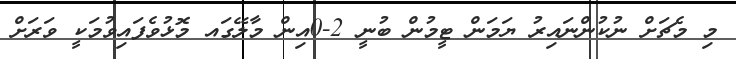
މި މެޗަށް ނުކުންނައިރު ޔަމަން ޓީމުން ބުނީ 2-0އިން މާލޭގައ މޮޅުވެފައިވުމަކީ ވަރަށް